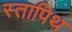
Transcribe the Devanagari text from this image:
स्तापिथ